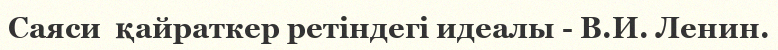
Саяси  қайраткер ретіндегі идеалы - В.И. Ленин.